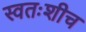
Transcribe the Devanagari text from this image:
स्वतःशीच